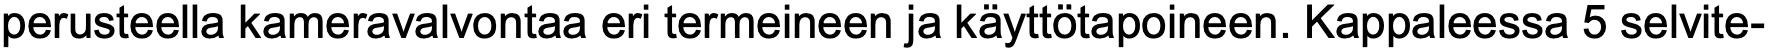
perusteella kameravalvontaa eri termeineen ja käyttötapoineen. Kappaleessa 5 selvite-